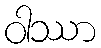
ဝါဿာ